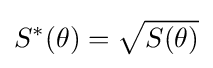
S^{*}(\theta )={\sqrt {S(\theta )}}